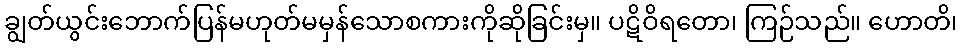
ချွတ်ယွင်းဘောက်ပြန်မဟုတ်မမှန်သောစကားကိုဆိုခြင်းမှ။ ပဋိဝိရတော၊ ကြဉ်သည်။ ဟောတိ၊